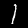
Digit: 1